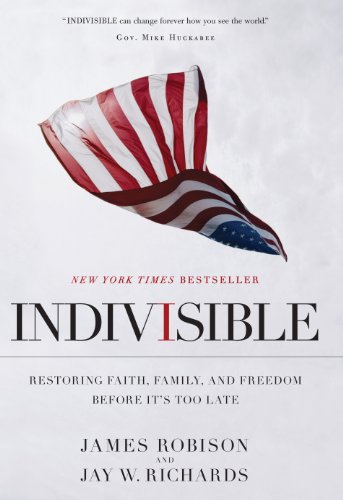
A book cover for Indivisible: Restoring Faith, Family, and Freedom Before It's Too Late; James Robison; Christian Books & Bibles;